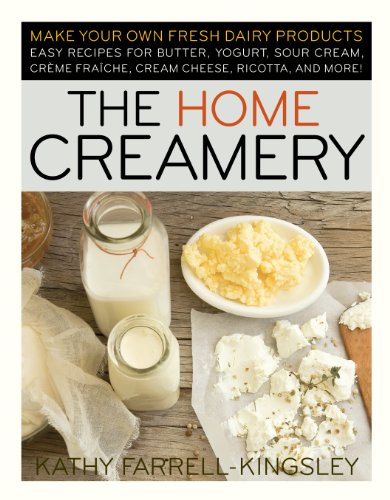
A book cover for The Home Creamery: Make Your Own Fresh Dairy Products; Easy Recipes for Butter, Yogurt, Sour Cream, Creme Fraiche, Cream Cheese, Ricotta, and More!; Kathy Farrell-Kingsley; Cookbooks, Food & Wine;